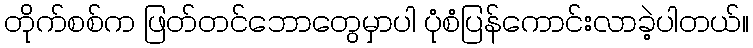
တိုက်စစ်က ဖြတ်တင်ဘောတွေမှာပါ ပုံစံပြန်ကောင်းလာခဲ့ပါတယ်။